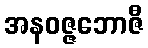
အနဝဇ္ဇဘောဇီ